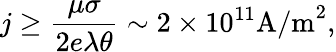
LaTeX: j\geq\frac{\mu\sigma}{2e\lambda\theta}\sim 2\times 10^{11}\textrm{A/m}^{2},